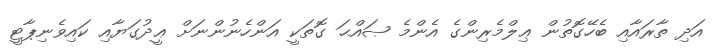
އަދި ތާރައާއި ބެހޭގޮތުން ޢިލްމެރިންގެ އެންމެ ޞައްޙަ ގޮތަކީ އަންހެނުންނަށް ޢީދުގަޔާއި ކައިވެނިޕާޓީ